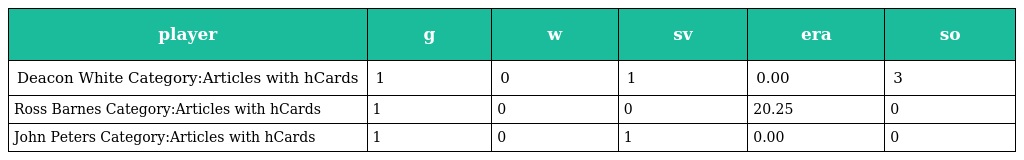
| player | g | w | sv | era | so |
 | --- | --- | --- | --- | --- | --- |
 | Deacon White Category:Articles with hCards | 1 | 0 | 1 | 0.00 | 3 |
 | Ross Barnes Category:Articles with hCards | 1 | 0 | 0 | 20.25 | 0 |
 | John Peters Category:Articles with hCards | 1 | 0 | 1 | 0.00 | 0 |